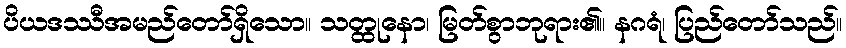
ပိယဒဿီအမည်တော်ရှိသော။ သတ္ထုနော၊ မြတ်စွာဘုရား၏။ နဂရံ၊ ပြည်တော်သည်။